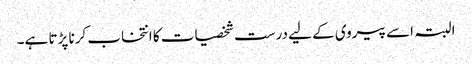
البتہ اسے پیروی کے لیے درست شخصیات کا انتخاب کرنا پڑتا ہے۔